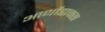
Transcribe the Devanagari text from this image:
आर्थोडाक्स